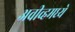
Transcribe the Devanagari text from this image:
अवीव्हमध्ये